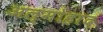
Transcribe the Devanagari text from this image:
अल्मोहाद